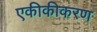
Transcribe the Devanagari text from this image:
एकीकीकरण